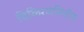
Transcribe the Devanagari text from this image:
विकिरणमितीय